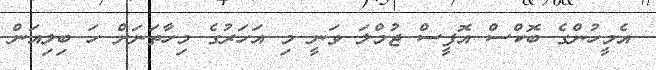
އެމީހުންގެ ބޮކްސް އޮފީސް ޖުމްލަ ވަނީ މި އަހަރުގެ މިހާތަނަށް ހަ ބިލިއަން